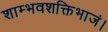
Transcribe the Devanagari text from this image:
शाम्भवशक्तिभाजं।